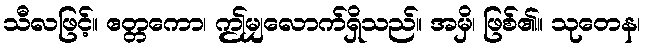
သီလဖြင့်။ ဧတ္တကော၊ ဤမျှလောက်ရှိသည်။ အမှိ၊ ဖြစ်၏။ သုတေန၊